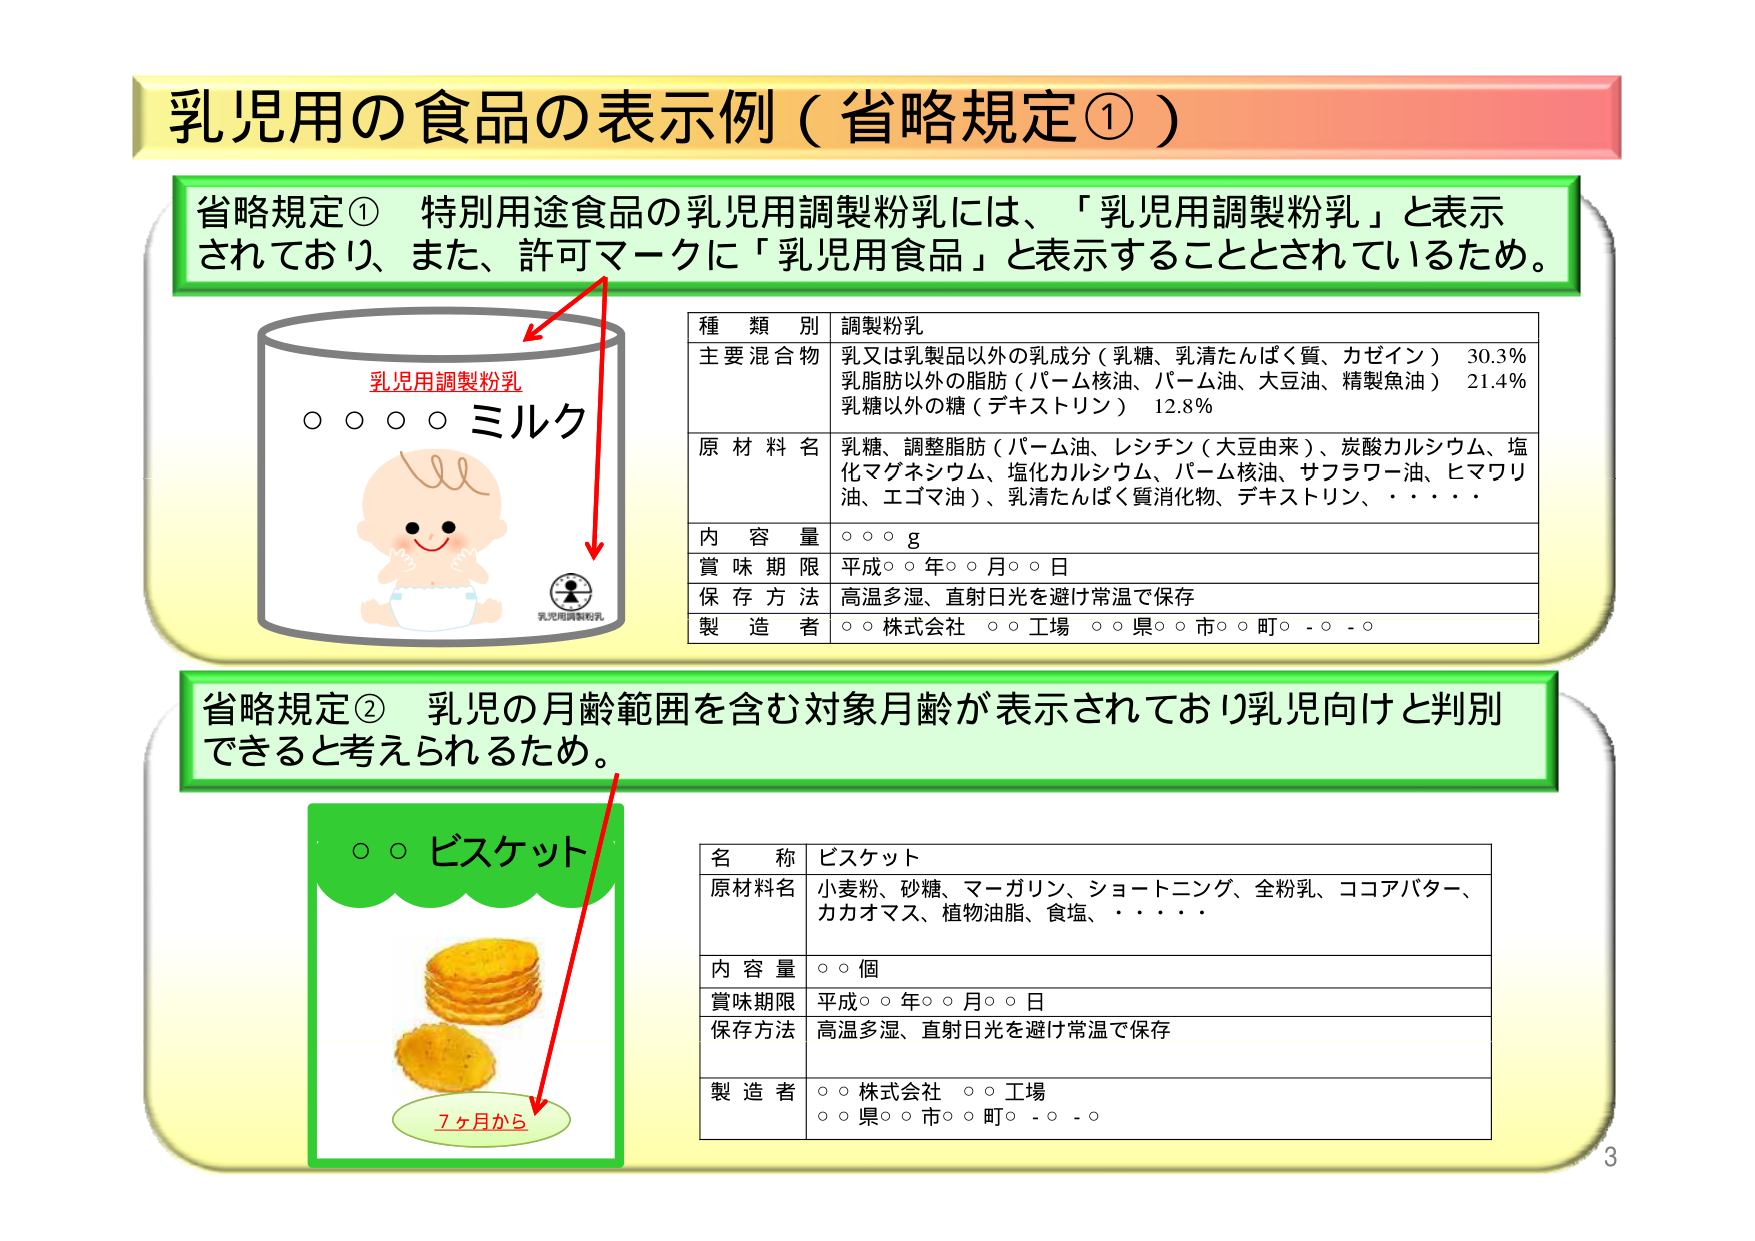
乳児用の食品の表示例（省略規定①）

省略規定① 特別用途食品の乳児用調製粉乳には、「乳児用調製粉乳」と表示されており、また、許可マークに「乳児用食品」と表示することとされているため。

乳児用調製粉乳
○ ○ ○ ○ ミルク
乳児用調製粉乳

種 類 別 調製粉乳
主要混合物 乳又は乳製品以外の乳成分（乳糖、乳清たんぱく質、カゼイン） 30.3％
乳脂肪以外の脂肪（パーム核油、パーム油、大豆油、精製魚油） 21.4％
乳糖以外の糖（デキストリン） 12.8％
原材料名 乳糖、調整脂肪（パーム油、レシチン（大豆由来）、炭酸カルシウム、塩化マグネシウム、塩化カルシウム、パーム核油、サフラワー油、ヒマワリ油、エゴマ油）、乳清たんぱく質消化物、デキストリン、・・・・
内 容 量 ○ ○ ○ g
賞 味 期 限 平成○○年○○月○○日
保 存 方 法 高温多湿、直射日光を避け常温で保存
製 造 者 ○○株式会社 ○○工場 ○○県○○市○○町○-○-○

省略規定② 乳児の月齢範囲を含む対象月齢が表示されており乳児向けと判別できると考えられるため。

○○ビスケット
7ヶ月から

名 称 ビスケット
原材料名 小麦粉、砂糖、マーガリン、ショートニング、全粉乳、ココアバター、カカオマス、植物油脂、食塩、・・・・
内 容 量 ○○個
賞味期限 平成○○年○○月○○日
保存方法 高温多湿、直射日光を避け常温で保存
製 造 者 ○○株式会社 ○○工場
○○県○○市○○町○-○-○

3